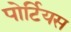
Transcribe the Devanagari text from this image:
पोर्टियस